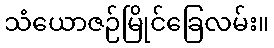
သံယောဇဉ်မြိုင်ခြေလမ်း။